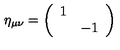
\eta _ { \mu \nu } = \left( \begin{array} { c c } { 1 } & { } \\ { } & { - 1 } \\ \end{array} \right)